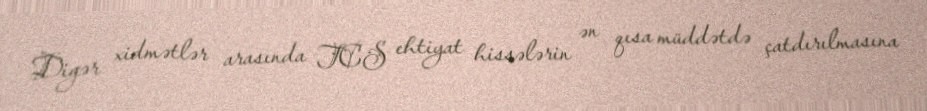
Digər xidmətlər arasında TCS ehtiyat hissələrin ən qısa müddətdə çatdırılmasına